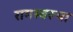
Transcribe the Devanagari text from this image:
रामस्वरूपा